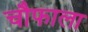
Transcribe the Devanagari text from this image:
चौफाला